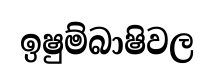
ඉෂුම්බාෂිවල